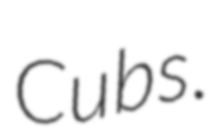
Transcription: Cubs.